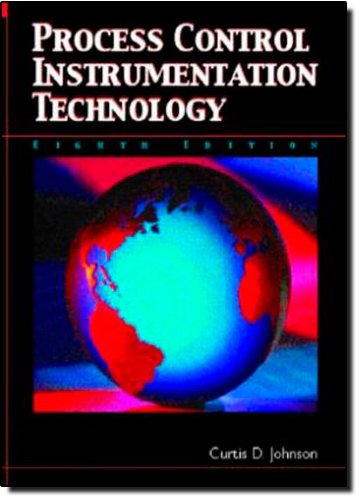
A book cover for Process Control Instrumentation Technology (8th Edition); Curtis D. Johnson; Science & Math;